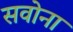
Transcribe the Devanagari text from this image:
सवोना